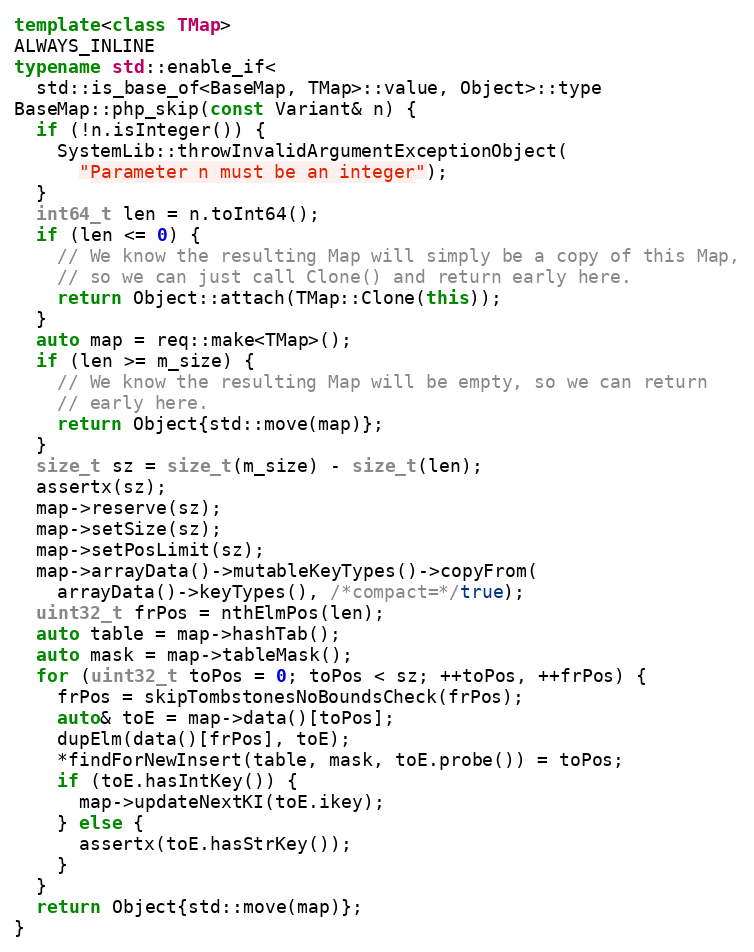
Language: C++
template<class TMap>
ALWAYS_INLINE
typename std::enable_if<
  std::is_base_of<BaseMap, TMap>::value, Object>::type
BaseMap::php_skip(const Variant& n) {
  if (!n.isInteger()) {
    SystemLib::throwInvalidArgumentExceptionObject(
      "Parameter n must be an integer");
  }
  int64_t len = n.toInt64();
  if (len <= 0) {
    // We know the resulting Map will simply be a copy of this Map,
    // so we can just call Clone() and return early here.
    return Object::attach(TMap::Clone(this));
  }
  auto map = req::make<TMap>();
  if (len >= m_size) {
    // We know the resulting Map will be empty, so we can return
    // early here.
    return Object{std::move(map)};
  }
  size_t sz = size_t(m_size) - size_t(len);
  assertx(sz);
  map->reserve(sz);
  map->setSize(sz);
  map->setPosLimit(sz);
  map->arrayData()->mutableKeyTypes()->copyFrom(
    arrayData()->keyTypes(), /*compact=*/true);
  uint32_t frPos = nthElmPos(len);
  auto table = map->hashTab();
  auto mask = map->tableMask();
  for (uint32_t toPos = 0; toPos < sz; ++toPos, ++frPos) {
    frPos = skipTombstonesNoBoundsCheck(frPos);
    auto& toE = map->data()[toPos];
    dupElm(data()[frPos], toE);
    *findForNewInsert(table, mask, toE.probe()) = toPos;
    if (toE.hasIntKey()) {
      map->updateNextKI(toE.ikey);
    } else {
      assertx(toE.hasStrKey());
    }
  }
  return Object{std::move(map)};
}